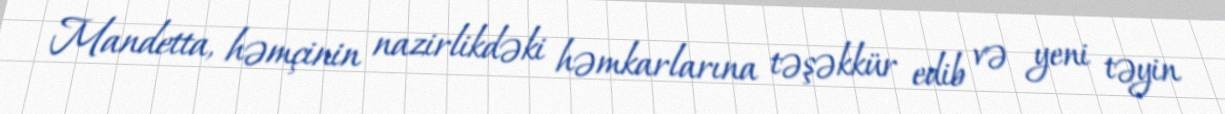
Mandetta, həmçinin nazirlikdəki həmkarlarına təşəkkür edib və yeni təyin